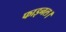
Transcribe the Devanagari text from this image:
फाइनल।